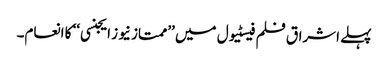
پہلے اشراق فلم فیسٹیول میں ’’ممتاز نیوز ایجنسی‘‘ کا انعام۔